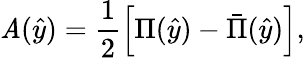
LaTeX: \mathit{A}(\hat{{y}})=\frac{{1}}{{2}}\left[\Pi(\hat{{y}})-\bar{{\Pi}}(\hat{{y}})\right],